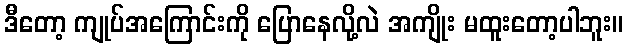
ဒီတော့ ကျုပ်အကြောင်းကို ပြောနေလို့လဲ အကျိုး မထူးတော့ပါဘူး။